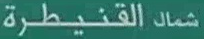
شمال القنيطرة